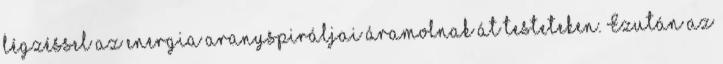
légzéssel az energia aranyspiráljai áramolnak át testeteken. Ezután az